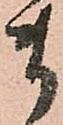
ま